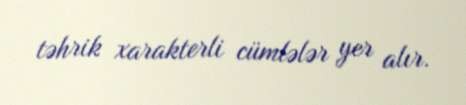
təhrik xarakterli cümlələr yer alır.